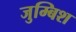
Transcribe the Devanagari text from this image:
जुम्बिश